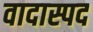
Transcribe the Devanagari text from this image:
वादास्पद